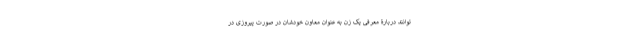
توانند دربارۀ معرفی یک زن به عنوان معاون خودشان در صورت پیروزی در